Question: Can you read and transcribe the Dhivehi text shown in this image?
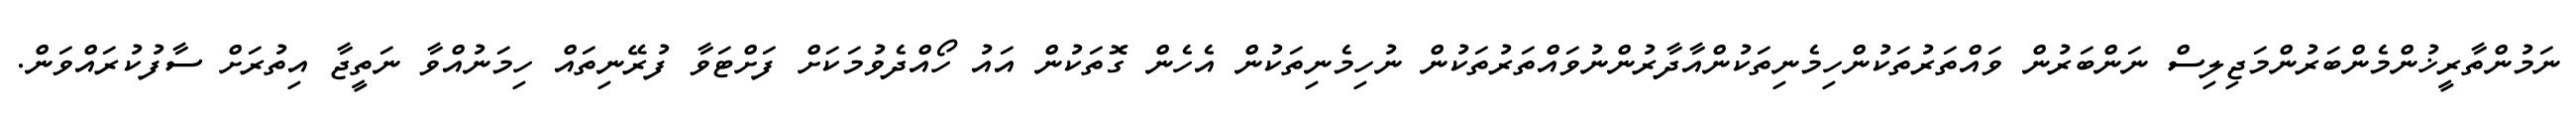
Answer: ނަމުންތާރީޚުންމެންބަރުންމަޖިލިސް ނަންބަރުން ވައްތަރުތަކުންހިމެނިތަކުންއާދާރުންނުވައްތަރުތަކުން ނުހިމެނިތަކުން އެހެން ގޮތަކުން އައު ހޯއްދެވުމަކަށް ފަށްޓަވާ ފުރޭނިތައް ހިމަނުއްވާ ނަތީޖާ އިތުރަށް ސާފުކުރައްވަން.